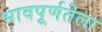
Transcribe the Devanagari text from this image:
भावपूर्णतेला